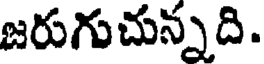
జరుగుచున్నది.